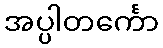
အပ္ပါတင်္ကော